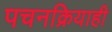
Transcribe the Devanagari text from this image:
पचनक्रियाही